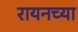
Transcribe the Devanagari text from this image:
रायनच्या